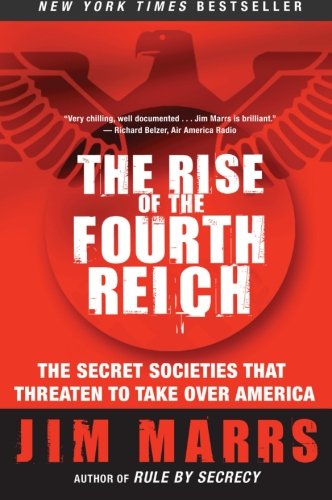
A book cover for The Rise of the Fourth Reich: The Secret Societies That Threaten to Take Over America; Jim Marrs; Politics & Social Sciences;